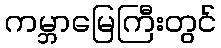
ကမ္ဘာမြေကြီးတွင်